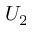
U _ { 2 }